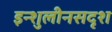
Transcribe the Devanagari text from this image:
इन्शुलीनसदृश